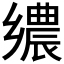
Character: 𮞀